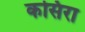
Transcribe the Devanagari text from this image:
कसिरा